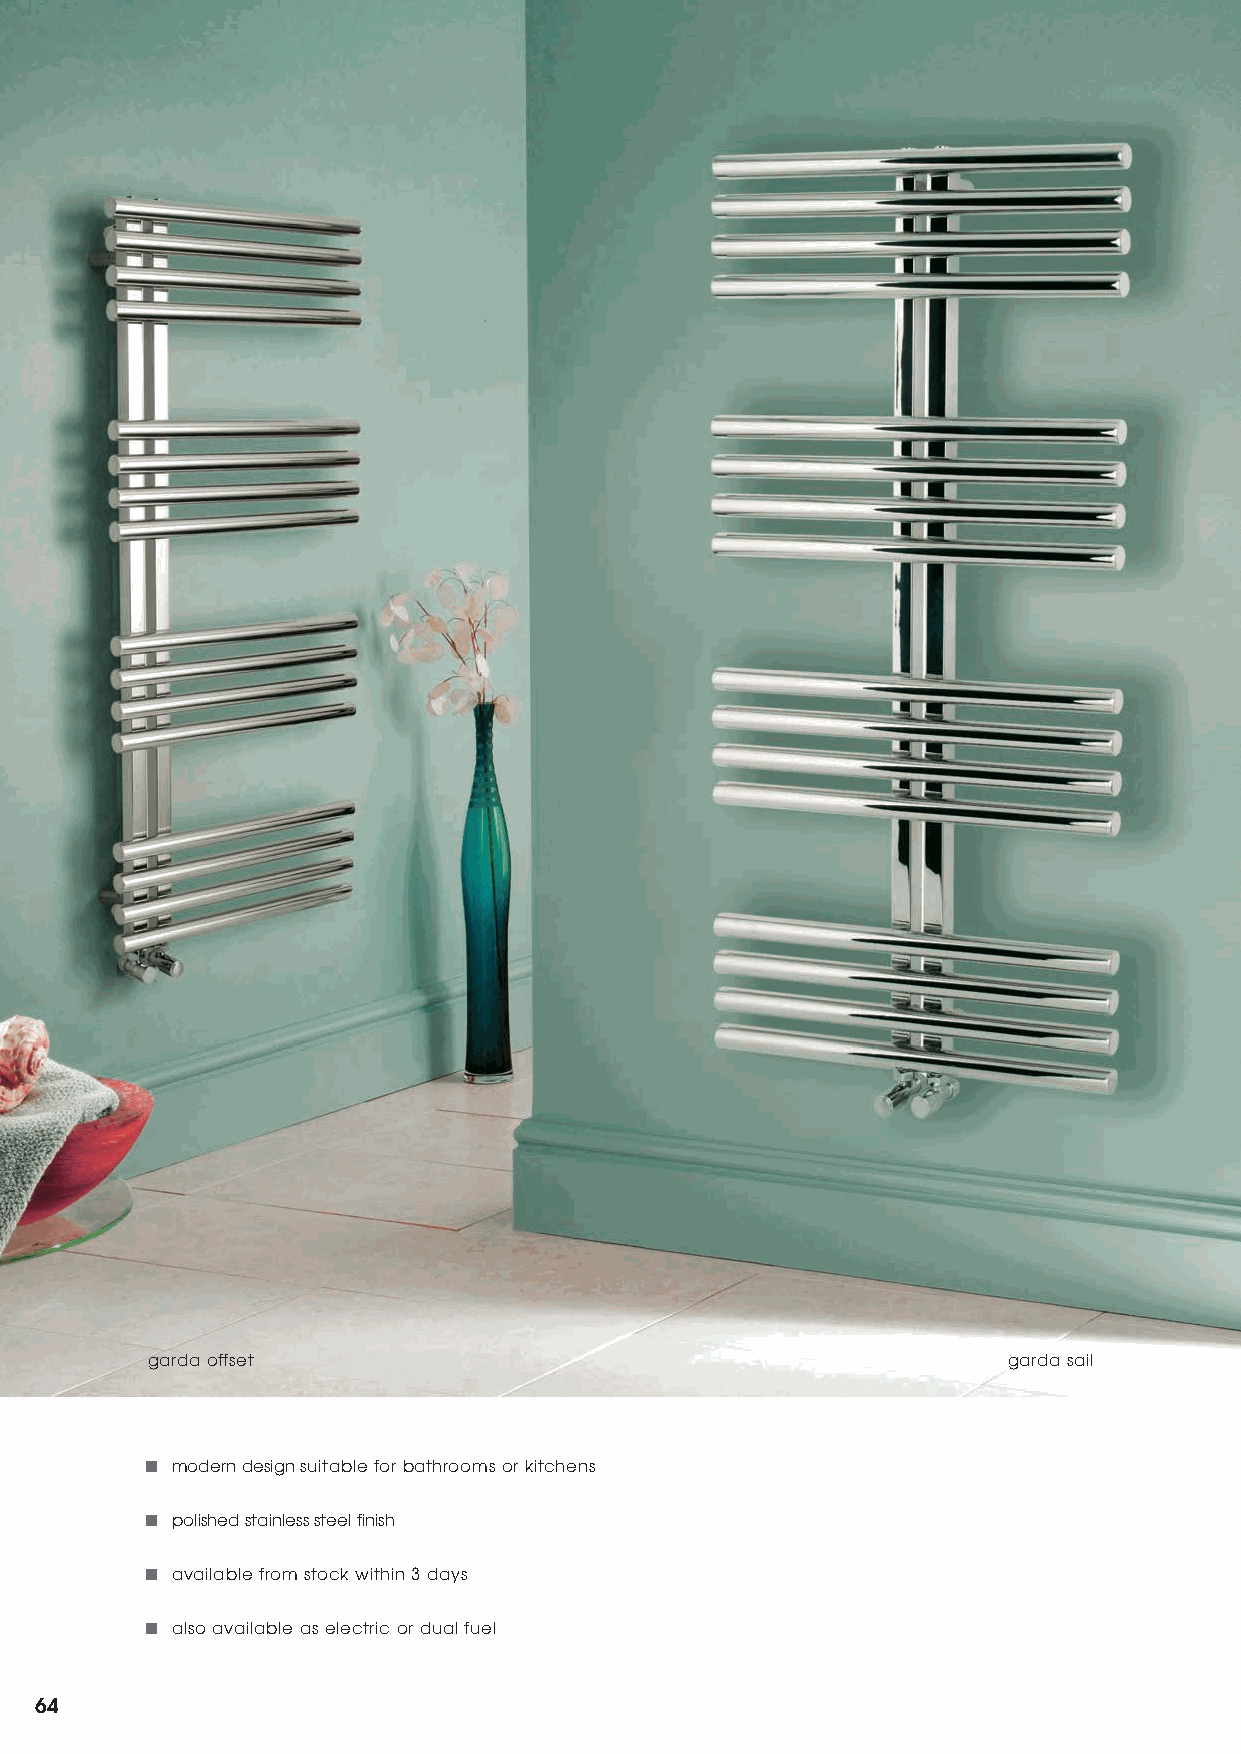
garda offset                                             garda sail
 ■ modern design suitable for bathrooms or kitchens
 ■ polished stainless steel finish
 ■ available from stock within 3 days
 ■ also available as electric or dual fuel
 64